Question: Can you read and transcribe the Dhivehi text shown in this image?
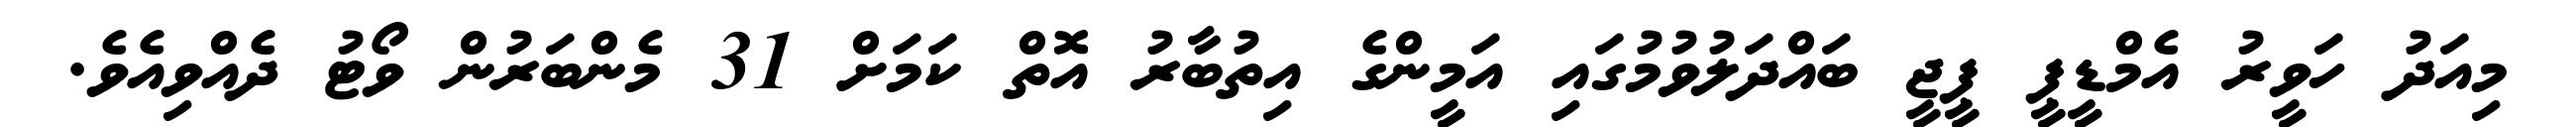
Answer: މިއަދު ހަވީރު އެމްޑީޕީ ޕީޖީ ބައްދަލުވުމުގައި އަމީންގެ އިތުބާރު އޮތް ކަމަށް 31 މެންބަރުން ވޯޓު ދެއްވިއެވެ.